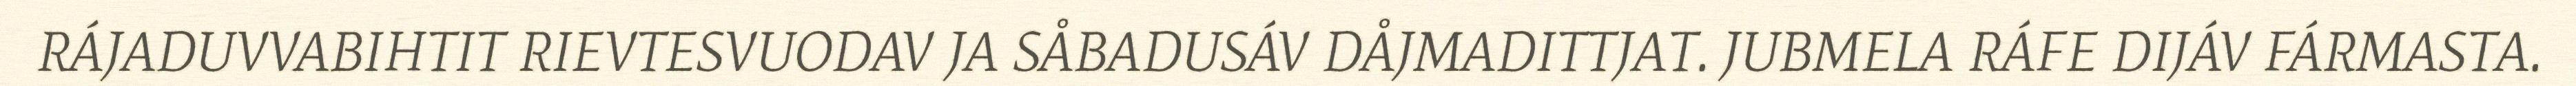
RÁJADUVVABIHTIT RIEVTESVUODAV JA SÅBADUSÁV DÅJMADITTJAT. JUBMELA RÁFE DIJÁV FÁRMASTA.